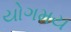
યોગમય